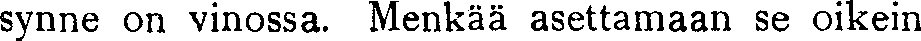
synne on vinossa. Menkää asettamaan se oikein